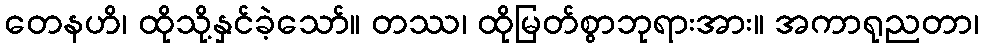
တေနဟိ၊ ထိုသို့နှင်ခဲ့သော်။ တဿ၊ ထိုမြတ်စွာဘုရားအား။ အကာရုညတာ၊